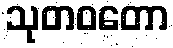
သုတဝတော